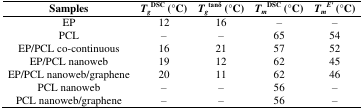
| Samples | TgDSC (°C) | Tgtanδ (°C) | TmDSC (°C) | TmE′ (°C) |
 | --- | --- | --- | --- | --- |
 | EP | 12 | 16 | – | – |
 | PCL | – | – | 65 | 54 |
 | EP/PCL co-continuous | 16 | 21 | 57 | 52 |
 | EP/PCL nanoweb | 19 | 12 | 62 | 45 |
 | EP/PCL nanoweb/graphene | 20 | 11 | 62 | 46 |
 | PCL nanoweb | – | – | 56 | – |
 | PCL nanoweb/graphene | – | – | 56 | – |